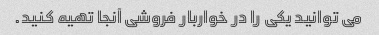
می توانید یکی را در خواربار فروشی آنجا تهیه کنید.